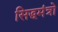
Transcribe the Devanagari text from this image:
सिद्धमंत्रो